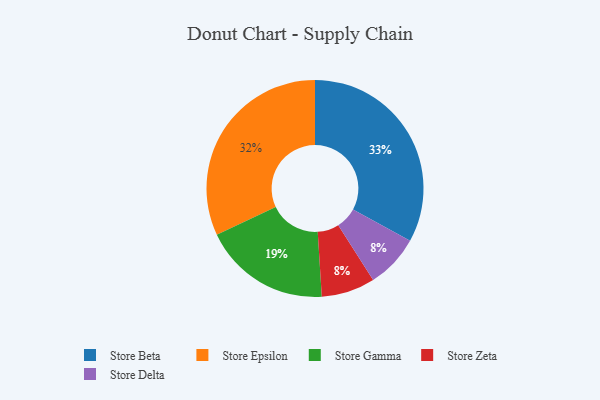
{"axis": {"x": "Category", "y": "Percentage"}, "legend": ["Store Beta", "Store Delta", "Store Epsilon", "Store Gamma", "Store Zeta"], "data": [{"x": "Store Beta", "y": 33, "type": "Store Beta"}, {"x": "Store Epsilon", "y": 32, "type": "Store Epsilon"}, {"x": "Store Zeta", "y": 8, "type": "Store Zeta"}, {"x": "Store Gamma", "y": 19, "type": "Store Gamma"}, {"x": "Store Delta", "y": 8, "type": "Store Delta"}]}